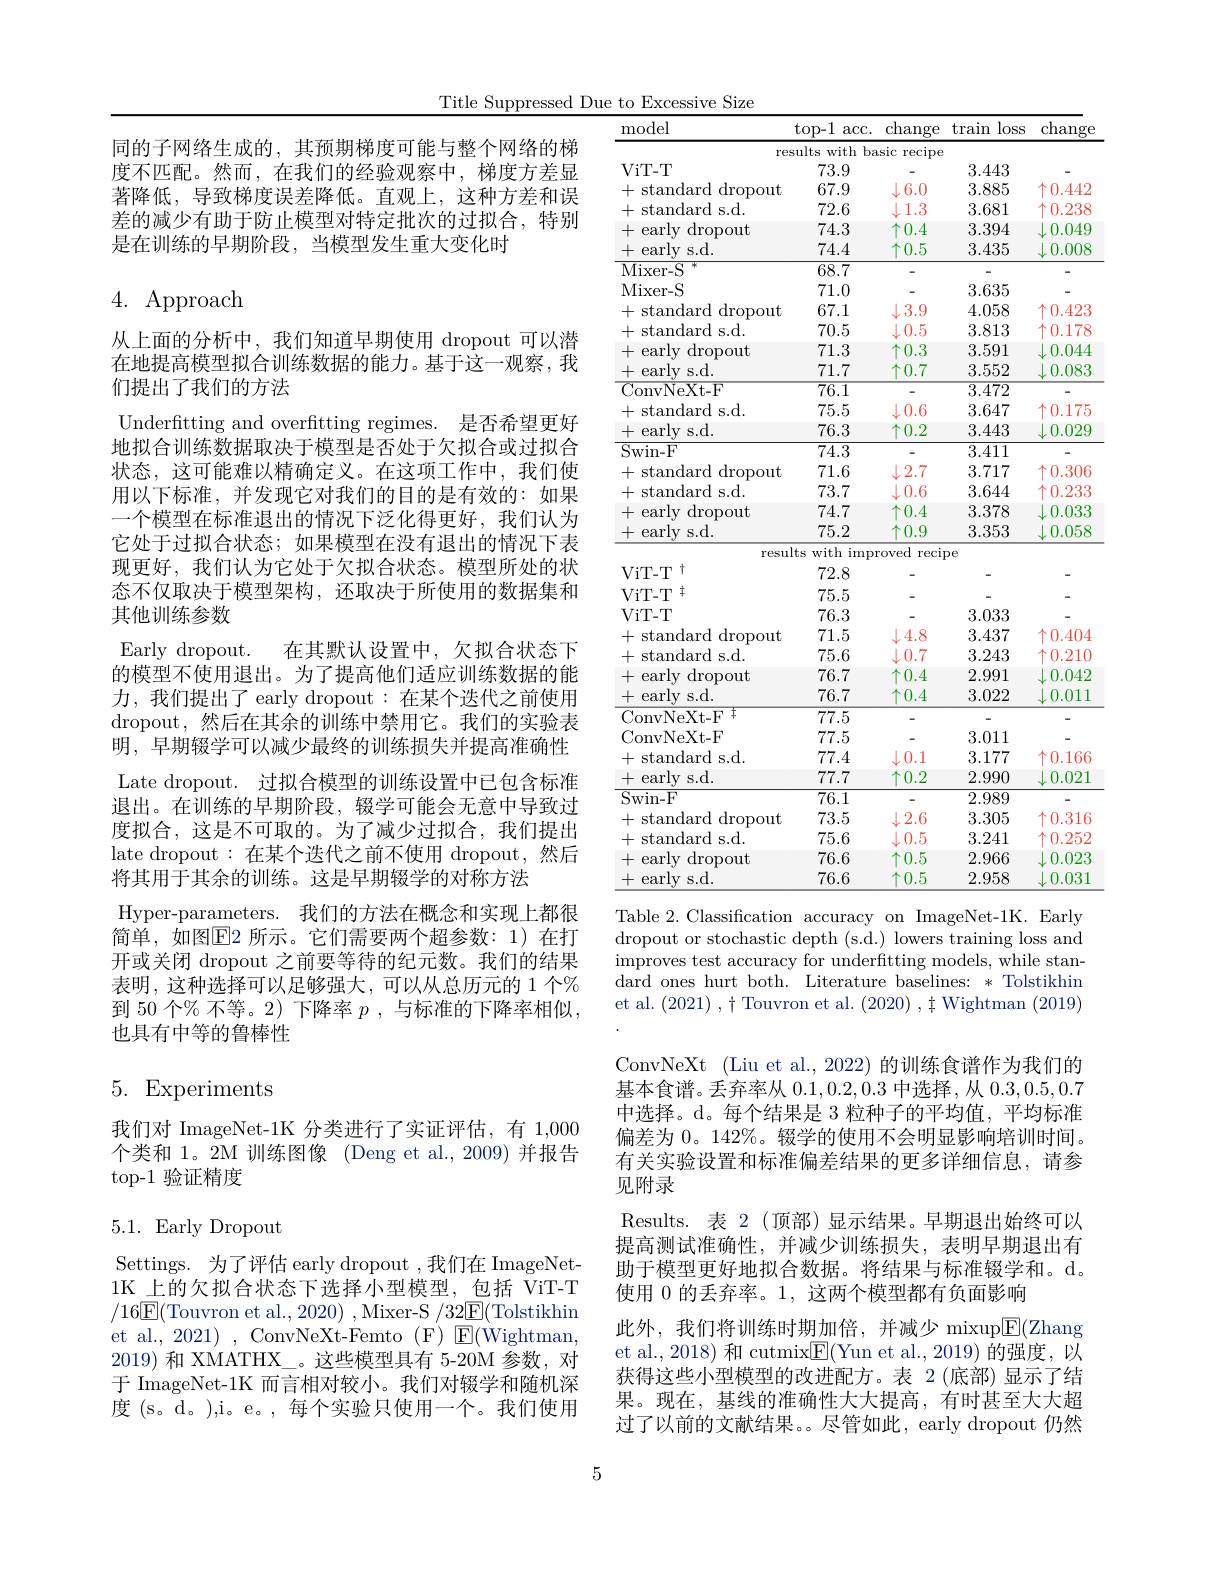
Title Suppressed Due to Excessive Size
<table>
	<tbody>
		<tr>
			<th>model</th>
			<th>$top-1$ acc</th>
			<th>change</th>
			<th>train loss</th>
			<th>change</th>
		</tr>
		<tr>
			<td>re</td>
			<td>ssults with</td>
			<td>basic recipe</td>
			<td> </td>
			<td> </td>
		</tr>
		<tr>
			<td>ViT- T</td>
			<td>73.9</td>
			<td> </td>
			<td>3.443</td>
			<td> </td>
		</tr>
		<tr>
			<td>standard dropout JL </td>
			<td>67.9</td>
			<td>6.0</td>
			<td>3.885</td>
			<td>个0.442</td>
		</tr>
		<tr>
			<td>standard s.d. +</td>
			<td>72.6</td>
			<td>1.3</td>
			<td>3.681</td>
			<td>$\vdash0.238$ L</td>
		</tr>
		<tr>
			<td>early dropout +</td>
			<td>74.3</td>
			<td>$\uparrow0.4$</td>
			<td>3.394</td>
			<td>$\downarrow0.049$</td>
		</tr>
		<tr>
			<td>earlv s. d. + $\frac{1}{2}=\frac{1}{2}$</td>
			<td>74.4</td>
			<td>$\uparrow0.5$</td>
			<td>3.435</td>
			<td>$\downarrow0.008$</td>
		</tr>
		<tr>
			<td>Mixer- S 1</td>
			<td>68.7</td>
			<td> </td>
			<td> </td>
			<td> </td>
		</tr>
		<tr>
			<td>Mixer- S</td>
			<td>71.0</td>
			<td> </td>
			<td>3.635</td>
			<td> </td>
		</tr>
		<tr>
			<td>+ standard dropout $-c$ </td>
			<td>67.1</td>
			<td>3.9 1</td>
			<td>4.058</td>
			<td>个 0.423</td>
		</tr>
		<tr>
			<td>standard s.d. +</td>
			<td>70.5</td>
			<td>0.5</td>
			<td>3.813</td>
			<td>$\vdash0.178$ 1</td>
		</tr>
		<tr>
			<td>+ early dropout</td>
			<td>71.3</td>
			<td>$\uparrow0.3$</td>
			<td>3.591</td>
			<td>$\downarrow0.044$</td>
		</tr>
		<tr>
			<td>+ earlv s. d. </td>
			<td>71.7</td>
			<td>$\uparrow0.7$</td>
			<td>3.552</td>
			<td>$\downarrow0.083$</td>
		</tr>
		<tr>
			<td>ConvNeXt- F</td>
			<td>$\overline{76.1}$</td>
			<td> </td>
			<td>3.472</td>
			<td> </td>
		</tr>
		<tr>
			<td>standard s.d. +</td>
			<td>75.5</td>
			<td>0.6 1</td>
			<td>3.647</td>
			<td>个0.175</td>
		</tr>
		<tr>
			<td>+ earlv s.d.</td>
			<td>76.3</td>
			<td>$\uparrow0.2$</td>
			<td>3.443</td>
			<td>$\downarrow0.029$</td>
		</tr>
		<tr>
			<td>Swin- F</td>
			<td>74.3</td>
			<td> </td>
			<td>3.411</td>
			<td> </td>
		</tr>
		<tr>
			<td>+ standard dropout $-c$ </td>
			<td>71.6</td>
			<td>2.7 1</td>
			<td>3.717</td>
			<td>$\uparrow0.306$</td>
		</tr>
		<tr>
			<td>ECLL</td>
			<td>11.0 一</td>
			<td> </td>
			<td>114</td>
			<td>JU</td>
		</tr>
		<tr>
			<td>standard s.d. +</td>
			<td>73.7</td>
			<td>0.6</td>
			<td>3.644</td>
			<td>$\vdash0.233$ L</td>
		</tr>
		<tr>
			<td>十 standard s.d.</td>
			<td> </td>
			<td> </td>
			<td>0.044</td>
			<td>U.L.5.3</td>
		</tr>
		<tr>
			<td>early dropout +</td>
			<td>74.7</td>
			<td>$\uparrow0.4$</td>
			<td>3.378</td>
			<td>$\downarrow0.033$</td>
		</tr>
		<tr>
			<td> </td>
			<td>4</td>
			<td>0.4</td>
			<td>$\delta.\delta/8$</td>
			<td>0.0.0.5.6</td>
		</tr>
		<tr>
			<td>+ earlv s. d. </td>
			<td>75.2</td>
			<td>$\uparrow0.9$</td>
			<td>3.353</td>
			<td>$\downarrow0.058$</td>
		</tr>
		<tr>
			<td>eally s. u. $\frac{1}{2}=\frac{1}{2}$</td>
			<td>10.L</td>
			<td> </td>
			<td>(1).0.00</td>
			<td>U.UUO</td>
		</tr>
		<tr>
			<td>resu</td>
			<td>$\iota ltsv$ with $im$</td>
			<td>reci proved</td>
			<td>pe</td>
			<td> </td>
		</tr>
		<tr>
			<td> </td>
			<td>Ils WIUIII</td>
			<td>proveu rec</td>
			<td>$pe$</td>
			<td> </td>
		</tr>
		<tr>
			<td>$\mathrm{ViT-T}^{\dagger}$</td>
			<td>72.8</td>
			<td> </td>
			<td> </td>
			<td>-</td>
		</tr>
		<tr>
			<td> </td>
			<td>$\angle.0$</td>
			<td> </td>
			<td> </td>
			<td>-</td>
		</tr>
		<tr>
			<td>ViT- T $\pm$</td>
			<td>75.5</td>
			<td> </td>
			<td> </td>
			<td>-</td>
		</tr>
		<tr>
			<td>ViT- T</td>
			<td>76.3</td>
			<td> </td>
			<td>3.033</td>
			<td> </td>
		</tr>
		<tr>
			<td>+ standard dropout</td>
			<td>71.5</td>
			<td>4.8</td>
			<td>3.437</td>
			<td>个0.404</td>
		</tr>
		<tr>
			<td>4 standard s.d.</td>
			<td>75.6</td>
			<td>$\downarrow0.7$ 1 1</td>
			<td>3.243</td>
			<td>个0.210 L</td>
		</tr>
		<tr>
			<td>+ early dropout</td>
			<td>76.7</td>
			<td>$\uparrow0.4$</td>
			<td>2.991</td>
			<td>$\downarrow0.042$</td>
		</tr>
		<tr>
			<td>十 early s.d.</td>
			<td>76.7</td>
			<td>$\uparrow0.4$</td>
			<td>3.022</td>
			<td>$\downarrow0.011$</td>
		</tr>
		<tr>
			<td>$\mathrm{ConvNeXt-F}^{+}$</td>
			<td>77.5</td>
			<td> </td>
			<td> </td>
			<td>-</td>
		</tr>
		<tr>
			<td>ConvNeXt- F</td>
			<td>77.5</td>
			<td> </td>
			<td>3.011</td>
			<td> </td>
		</tr>
		<tr>
			<td>+ standard s.d.</td>
			<td>77.4</td>
			<td>$\downarrow0.1$</td>
			<td>3.177</td>
			<td>个0.166</td>
		</tr>
		<tr>
			<td>十 early s. d. </td>
			<td>77.7</td>
			<td>$\uparrow0.2$</td>
			<td>2.990</td>
			<td>$\downarrow0.021$</td>
		</tr>
		<tr>
			<td>Swin- F</td>
			<td>76.1</td>
			<td> </td>
			<td>2.989</td>
			<td>-</td>
		</tr>
		<tr>
			<td>+ standard $o$ dropout</td>
			<td>73.5</td>
			<td>2.6 $LE$ </td>
			<td>3.305</td>
			<td>个0.316</td>
		</tr>
		<tr>
			<td>4 standard s.d.</td>
			<td>75.6</td>
			<td>1.1 0.5</td>
			<td>3.241</td>
			<td>$\uparrow0.252$ L</td>
		</tr>
		<tr>
			<td>+ early dropout</td>
			<td>76.6</td>
			<td>$\uparrow0.5$</td>
			<td>2.966</td>
			<td>$\downarrow0.023$</td>
		</tr>
		<tr>
			<td>+ earlv s. d. </td>
			<td>76.6</td>
			<td>$\uparrow0.5$</td>
			<td>2.958</td>
			<td>$\downarrow0.031$</td>
		</tr>
	</tbody>
</table>

同的子网络生成的，其预期梯度可能与整个网络的梯度不匹配。然而，在我们的经验观察中，梯度方差显著降低，导致梯度误差降低。直观上，这种方差和误差的减少有助于防止模型对特定批次的过拟合，特别是在训练的早期阶段，当模型发生重大变化时

# 4. Approach

Table 2.Classification accuracy on ImageNet-1K. Early

从上面的分析中，我们知道早期使用 dropout 可以潜在地提高模型拟合训练数据的能力。基于这一观察，我们提出了我们的方法
Underftting and overftting regimes. 是否希望更好地拟合训练数据取决于模型是否处于欠拟合或过拟合状态，这可能难以精确定义。在这项工作中，我们使用以下标准，并发现它对我们的目的是有效的：如果一个模型在标准退出的情况下泛化得更好，我们认为它处于过拟合状态；如果模型在没有退出的情况下表现更好，我们认为它处于欠拟合状态。模型所处的状态不仅取决于模型架构，还取决于所使用的数据集和其他训练参数
Early dropout. 在其默认设置中，欠拟合状态下的模型不使用退出。为了提高他们适应训练数据的能力，我们提出了 early dropout:在某个迭代之前使用dropout,然后在其余的训练中禁用它。我们的实验表明，早期辍学可以减少最终的训练损失并提高准确性Late dropout. 过拟合模型的训练设置中已包含标准退出。在训练的早期阶段，辍学可能会无意中导致过度拟合，这是不可取的。为了减少过拟合，我们提出late dropout:在某个迭代之前不使用 dropout,然后将其用于其余的训练。这是早期辍学的对称方法
Hyper-parameters. 我们的方法在概念和实现上都很简单，如图$\overline{\mathrm{E}}$2 所示。它们需要两个超参数：1)在打开或关闭 dropout 之前要等待的纪元数。我们的结果表明，这种选择可以足够强大，可以从总历元的 1 个% 到 50 个% 不等。2) 下降率$p$ ,与标准的下降率相似， 也具有中等的鲁棒性

# 5. Experiments

我们对 ImageNet-1K 分类进行了实证评估，有 1,000个类和 1。2M 训练图像 (Deng et al., 2009)并报告top-1 验证精度

dropout or stochastic depth (s.d.) lowers training loss and improves test accuracy for underfitting models, while standard ones hurt both. Literature baselines: * Tolstikhin et al. (2021) , $\dagger$ Touvron et al. (2020) , $\ddagger$ Wightman (2019) ConvNeXt (Liu et al., 2022) 的训练食谱作为我们的基本食谱。丢弃率从0.1,0.2,0.3中选择 ,从0.3,0.5,0.7中选择。d。每个结果是 3 粒种子的平均值，平均标准偏差为0。142%。辍学的使用不会明显影响培训时间。有关实验设置和标准偏差结果的更多详细信息，请参见附录
Results. 表 2 (顶部)显示结果。早期退出始终可以提高测试准确性，并减少训练损失，表明早期退出有助于模型更好地拟合数据。将结果与标准辍学和。d。使用 0 的丢弃率。1, 这两个模型都有负面影响
此外，我们将训练时期加倍，并减少 mixup$\boxed{\mathrm{E}}($Zhang et al., 2018) 和 cutmix$\boxed{\mathrm{F}}($Yun et al., 2019) 的强度，以获得这些小型模型的改进配方。表 2(底部)显示了结果。现在，基线的准确性大大提高，有时甚至大大超过了以前的文献结果。。尽管如此，early dropout 仍然

# 5.1. Early Dropout

Settings. 为了评估 early dropout ,我们在 ImageNet- 1K 上的欠拟合状态下选择小型模型，包括 ViT-T $/16\boxed{\mathrm{F}}($Touvron et al.,2020) , Mixer-S $/32\boxed{\mathrm{F}}($Tolstikhin et al., 2021), ConvNeXt-Femto(F) $\mathbb{E}($Wightman, 2019)和 XMATHX\_。这些模型具有 5-20M 参数，对于 ImageNet-1K 而言相对较小。我们对辍学和随机深度 (s。d。),i。e。,每个实验只使用一个。我们使用

5